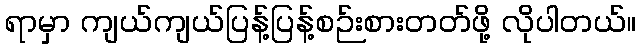
ရာမှာ ကျယ်ကျယ်ပြန့်ပြန့်စဉ်းစားတတ်ဖို့ လိုပါတယ်။